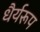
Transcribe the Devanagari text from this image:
धैर्यरूप